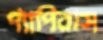
প্যাপিরাস